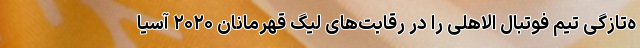
ه‌تازگی تیم فوتبال الاهلی را در رقابت‌های لیگ قهرمانان ۲۰۲۰ آسیا